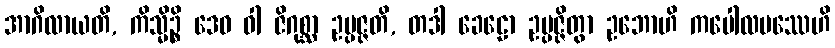
အာဂိလာယတိ, ကိသ္မိဉ္စိ ဒေဝ ဝါ ဇိဂုစ္ဆာ ဥပ္ပဇ္ဇတိ, တဒါ ခေဠော ဥပ္ပဇ္ဇိတွာ ဥဘောဟိ ကပေါလပဿေဟိ